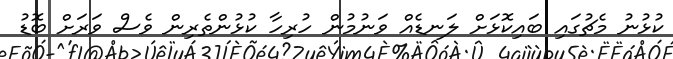
ކުޅުނު މެޗުގައި ބައިކޮޅަށް ލަނޑެއް ވަނުމުން ހުރިހާ ކުޅުންތެރިން ވެސް ވަރަށް ބޮޑު